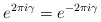
\begin{align*}e^{2\pi i\gamma} = e^{- 2\pi i\gamma}\end{align*}